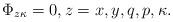
LaTeX: \begin{align*} \Phi_{z\kappa}=0, z=x,y,q,p,\kappa.\end{align*}